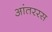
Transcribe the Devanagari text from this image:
आंतररस